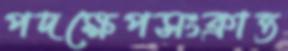
পদক্ষেপসংক্রান্ত